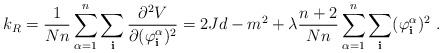
\begin{align*}k_R = \frac{1}{Nn}\sum_{\alpha =1}^n\sum_{\bf i}\frac{\partial^2V}{\partial (\varphi^\alpha_{\bf i})^2} = 2Jd -m^2 + \lambda\frac{n+2}{Nn}\sum_{\alpha =1}^n\sum_{\bf i}(\varphi^\alpha_{\bf i})^2~.\end{align*}